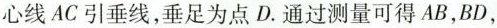
心线4C引垂线,垂足为点D通过测量可得AB,BD